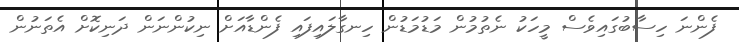
ފެންނަ ހިސާބުގައިވެސް މީހަކު ނެތުމުން މަޑުމަޑުން ހިނގާލައިފައި ފެންޑާއަށް ނިކުންނަން ދަނިކޮށް އެތަނުން